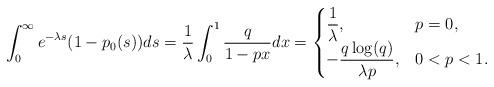
LaTeX: \begin{align*} \int_0^{\infty} e^{-\lambda s} (1-p_0(s)) ds = \dfrac1{\lambda} \int_0^{1} \frac{q}{1-p x} dx = \begin{cases} \dfrac1\lambda, & p=0, \\ - \dfrac{q \log(q)}{\lambda p}, & 0<p<1. \end{cases}\end{align*}